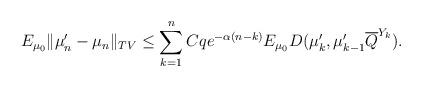
LaTeX: \begin{align*}E_{\mu_0} \| \mu'_n -\mu_n \|_{TV} \le \sum_{k=1}^{n} Cq e^{-\alpha (n-k)} E_{\mu_0} D(\mu'_k, \mu'_{k-1}\overline{Q}^{Y_{k}}).\end{align*}